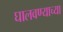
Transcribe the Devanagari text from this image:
घालवण्याच्या